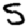
Digit: 5